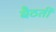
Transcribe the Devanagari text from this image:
बैठतीं